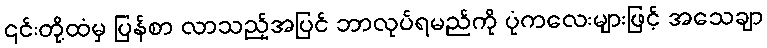
၎င်းတို့ထံမှ ပြန်စာ လာသည့်အပြင် ဘာလုပ်ရမည်ကို ပုံကလေးများဖြင့် အသေချာ